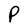
Character: P